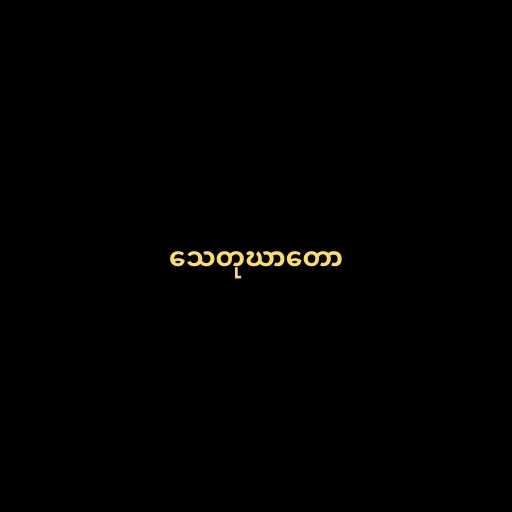
သေတုဃာတော